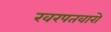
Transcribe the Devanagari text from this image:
खरपतवारो